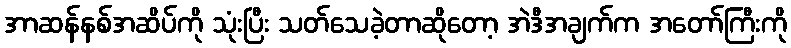
အာဆန်နစ်အဆိပ်ကို သုံးပြီး သတ်သေခဲ့တာဆိုတော့ အဲဒီအချက်က အတော်ကြီးကို